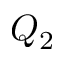
Q _ { 2 }